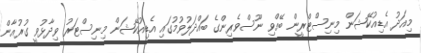
މިއަދު އެޑިއުކޭޝަން މިނިސްޓްރީން ބޭއްވި ނޫސްވެރިންގެ ބައްދަލުވުމުގައި އެޑިއުކޭޝަން މިނިސްޓަރު ވިދާޅުވީ ގުރުއާން